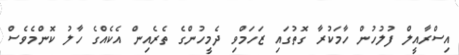
އިސްރާއީލް ފުލުހުން ހާމަކުރާ ގޮތުގައި ޒަހަމްވި ދެމީހުންގެ ތެރެއިން އެކެއްގެ ހާލު ކޮންމެވެސް